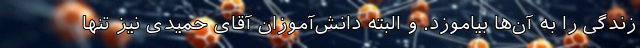
زندگی را به آن‌ها بیاموزد. و البته دانش‌آموزان آقای حمیدی نیز تنها